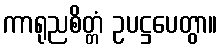
ကာရုညစိတ္တံ ဥပဋ္ဌပေတွာ။